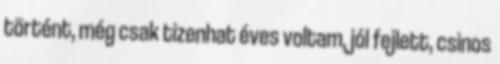
történt, még csak tizenhat éves voltam, jól fejlett, csinos